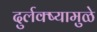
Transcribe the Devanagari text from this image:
दुर्लक्ष्यामुळे